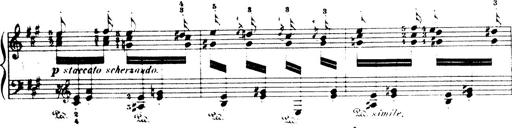
Title: Wagner-Liszt Album
Composer: Franz Liszt